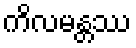
ကိလမန္တဿ